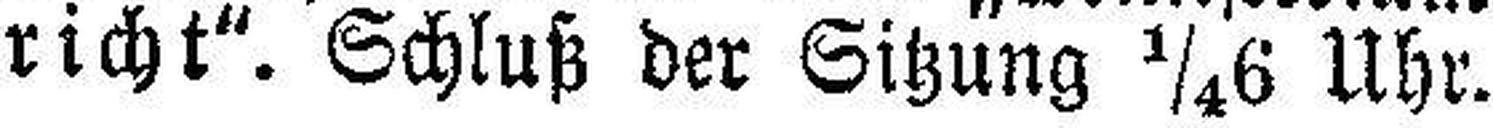
richt". Schluß der Sitzung ¼6 Uhr.